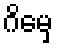
ဂိမှေ